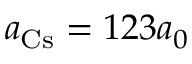
a _ { \mathrm { { C s } } } = 1 2 3 a _ { 0 }